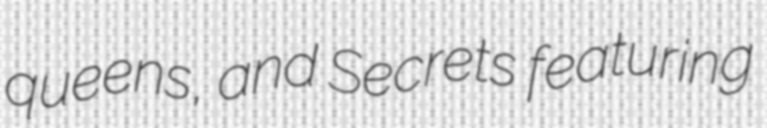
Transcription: queens, and Secrets featuring